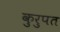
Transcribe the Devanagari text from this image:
कुरुपत